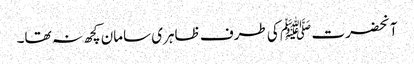
آنحضرت ﷺ کی طرف ظاہری سامان کچھ نہ تھا۔